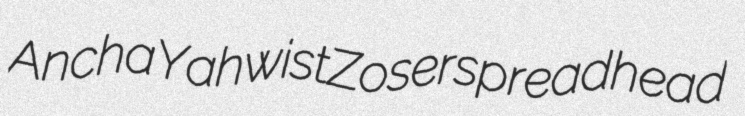
Ancha Yahwist Zoser spreadhead